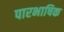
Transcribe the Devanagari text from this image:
पारभाषिक